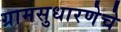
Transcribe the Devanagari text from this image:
ग्रामसुधारणेचे